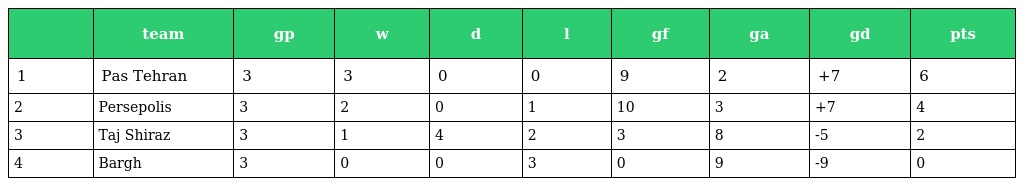
|  | team | gp | w | d | l | gf | ga | gd | pts |
 | --- | --- | --- | --- | --- | --- | --- | --- | --- | --- |
 | 1 | Pas Tehran | 3 | 3 | 0 | 0 | 9 | 2 | +7 | 6 |
 | 2 | Persepolis | 3 | 2 | 0 | 1 | 10 | 3 | +7 | 4 |
 | 3 | Taj Shiraz | 3 | 1 | 4 | 2 | 3 | 8 | -5 | 2 |
 | 4 | Bargh | 3 | 0 | 0 | 3 | 0 | 9 | -9 | 0 |